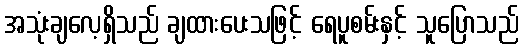
အသုံးချလေ့ရှိသည် ချထားပေးသဖြင့် ရေပူစမ်းနှင့် သူပြောသည်